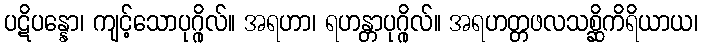
ပဋိပန္နော၊ ကျင့်သောပုဂ္ဂိုလ်။ အရဟာ၊ ရဟန္တာပုဂ္ဂိုလ်။ အရဟတ္တဖလသစ္ဆိကိရိယာယ၊